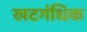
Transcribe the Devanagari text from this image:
खटगंधिक